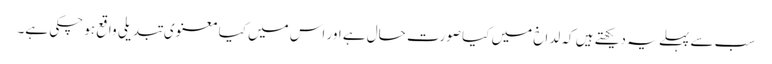
سب سے پہلے یہ دیکھتے ہیں کہ لداخ میں کیا صورت حال ہے اور اس میں کیا معنوی تبدیلی واقع ہو چکی ہے۔